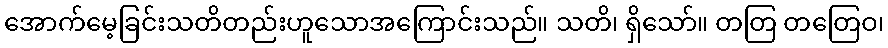
အောက်မေ့ခြင်းသတိတည်းဟူသောအကြောင်းသည်။ သတိ၊ ရှိသော်။ တတြ တတြေဝ၊